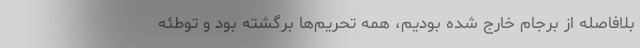
بلافاصله از برجام خارج شده بودیم، همه تحریم‌ها برگشته بود و توطئه